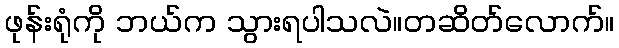
ဖုန်းရုံကို ဘယ်က သွားရပါသလဲ။တဆိတ်လောက်။